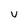
Character: U